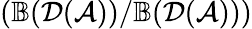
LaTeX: (\mathbb{B}(\mathcal{D}(\mathcal{A}))/\mathbb{B}(\mathcal{D}(\mathcal{A})))